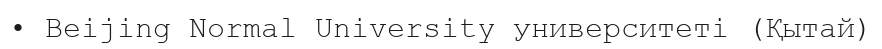
• Beijing Normal University университеті (Қытай)